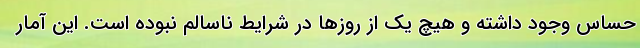
حساس وجود داشته و هیچ یک از روزها در شرایط ناسالم نبوده است. این آمار